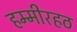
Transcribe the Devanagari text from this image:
हम्मीरहठ